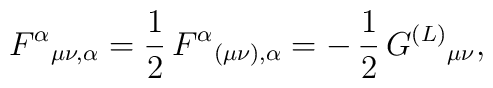
F^{\alpha}{}_{\mu \nu,\alpha }=\frac{1}{2}\,F^{\alpha}{}_{(\mu\nu),\alpha}=-\,\frac{1}{2}\,G^{(L)}{}_{\mu \nu },